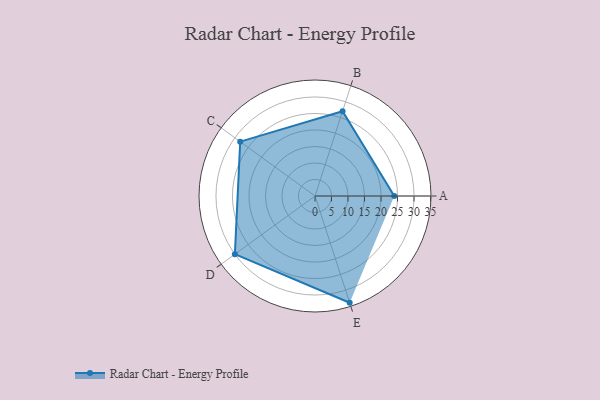
{"axis": {"x": "Skill", "y": "Score"}, "legend": ["Profile"], "data": [{"x": "A", "y": 24.0, "type": "Profile"}, {"x": "B", "y": 27.0, "type": "Profile"}, {"x": "C", "y": 28.0, "type": "Profile"}, {"x": "D", "y": 30.0, "type": "Profile"}, {"x": "E", "y": 34.0, "type": "Profile"}]}